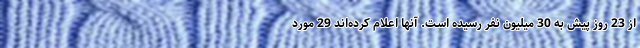
از 23 روز پیش به 30 میلیون نفر رسیده است. آنها اعلام کرده‌اند 29 مورد